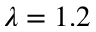
\lambda = 1 . 2